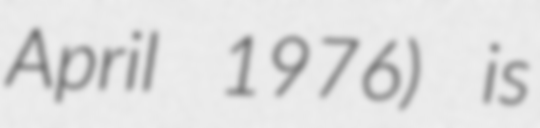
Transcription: April 1976) is